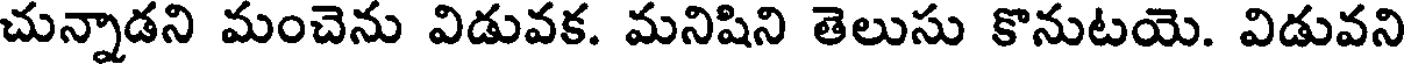
చున్నాడని మంచెను విడువక. మనిషిని తెలుసు కొనుటయె. విడువని